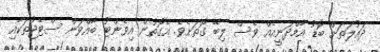
ދައުލަތަށް ބޮޑު އާމްދަނީއެއް ވެސް ލިބޭ ގޮތަަށެވެ. އެގޮތުން އިވެންޓު ބާއްވަން ސްޓޭޖުތަކާއި